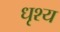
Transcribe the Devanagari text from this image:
धृश्य